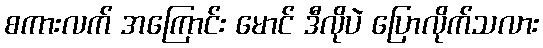
စကားလက် အကြောင်း မောင် ဒီလိုပဲ ပြောလိုက်သလား